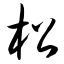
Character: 松